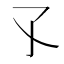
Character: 孓